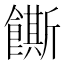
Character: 𬲛